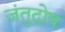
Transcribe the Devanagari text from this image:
जंतुदोष